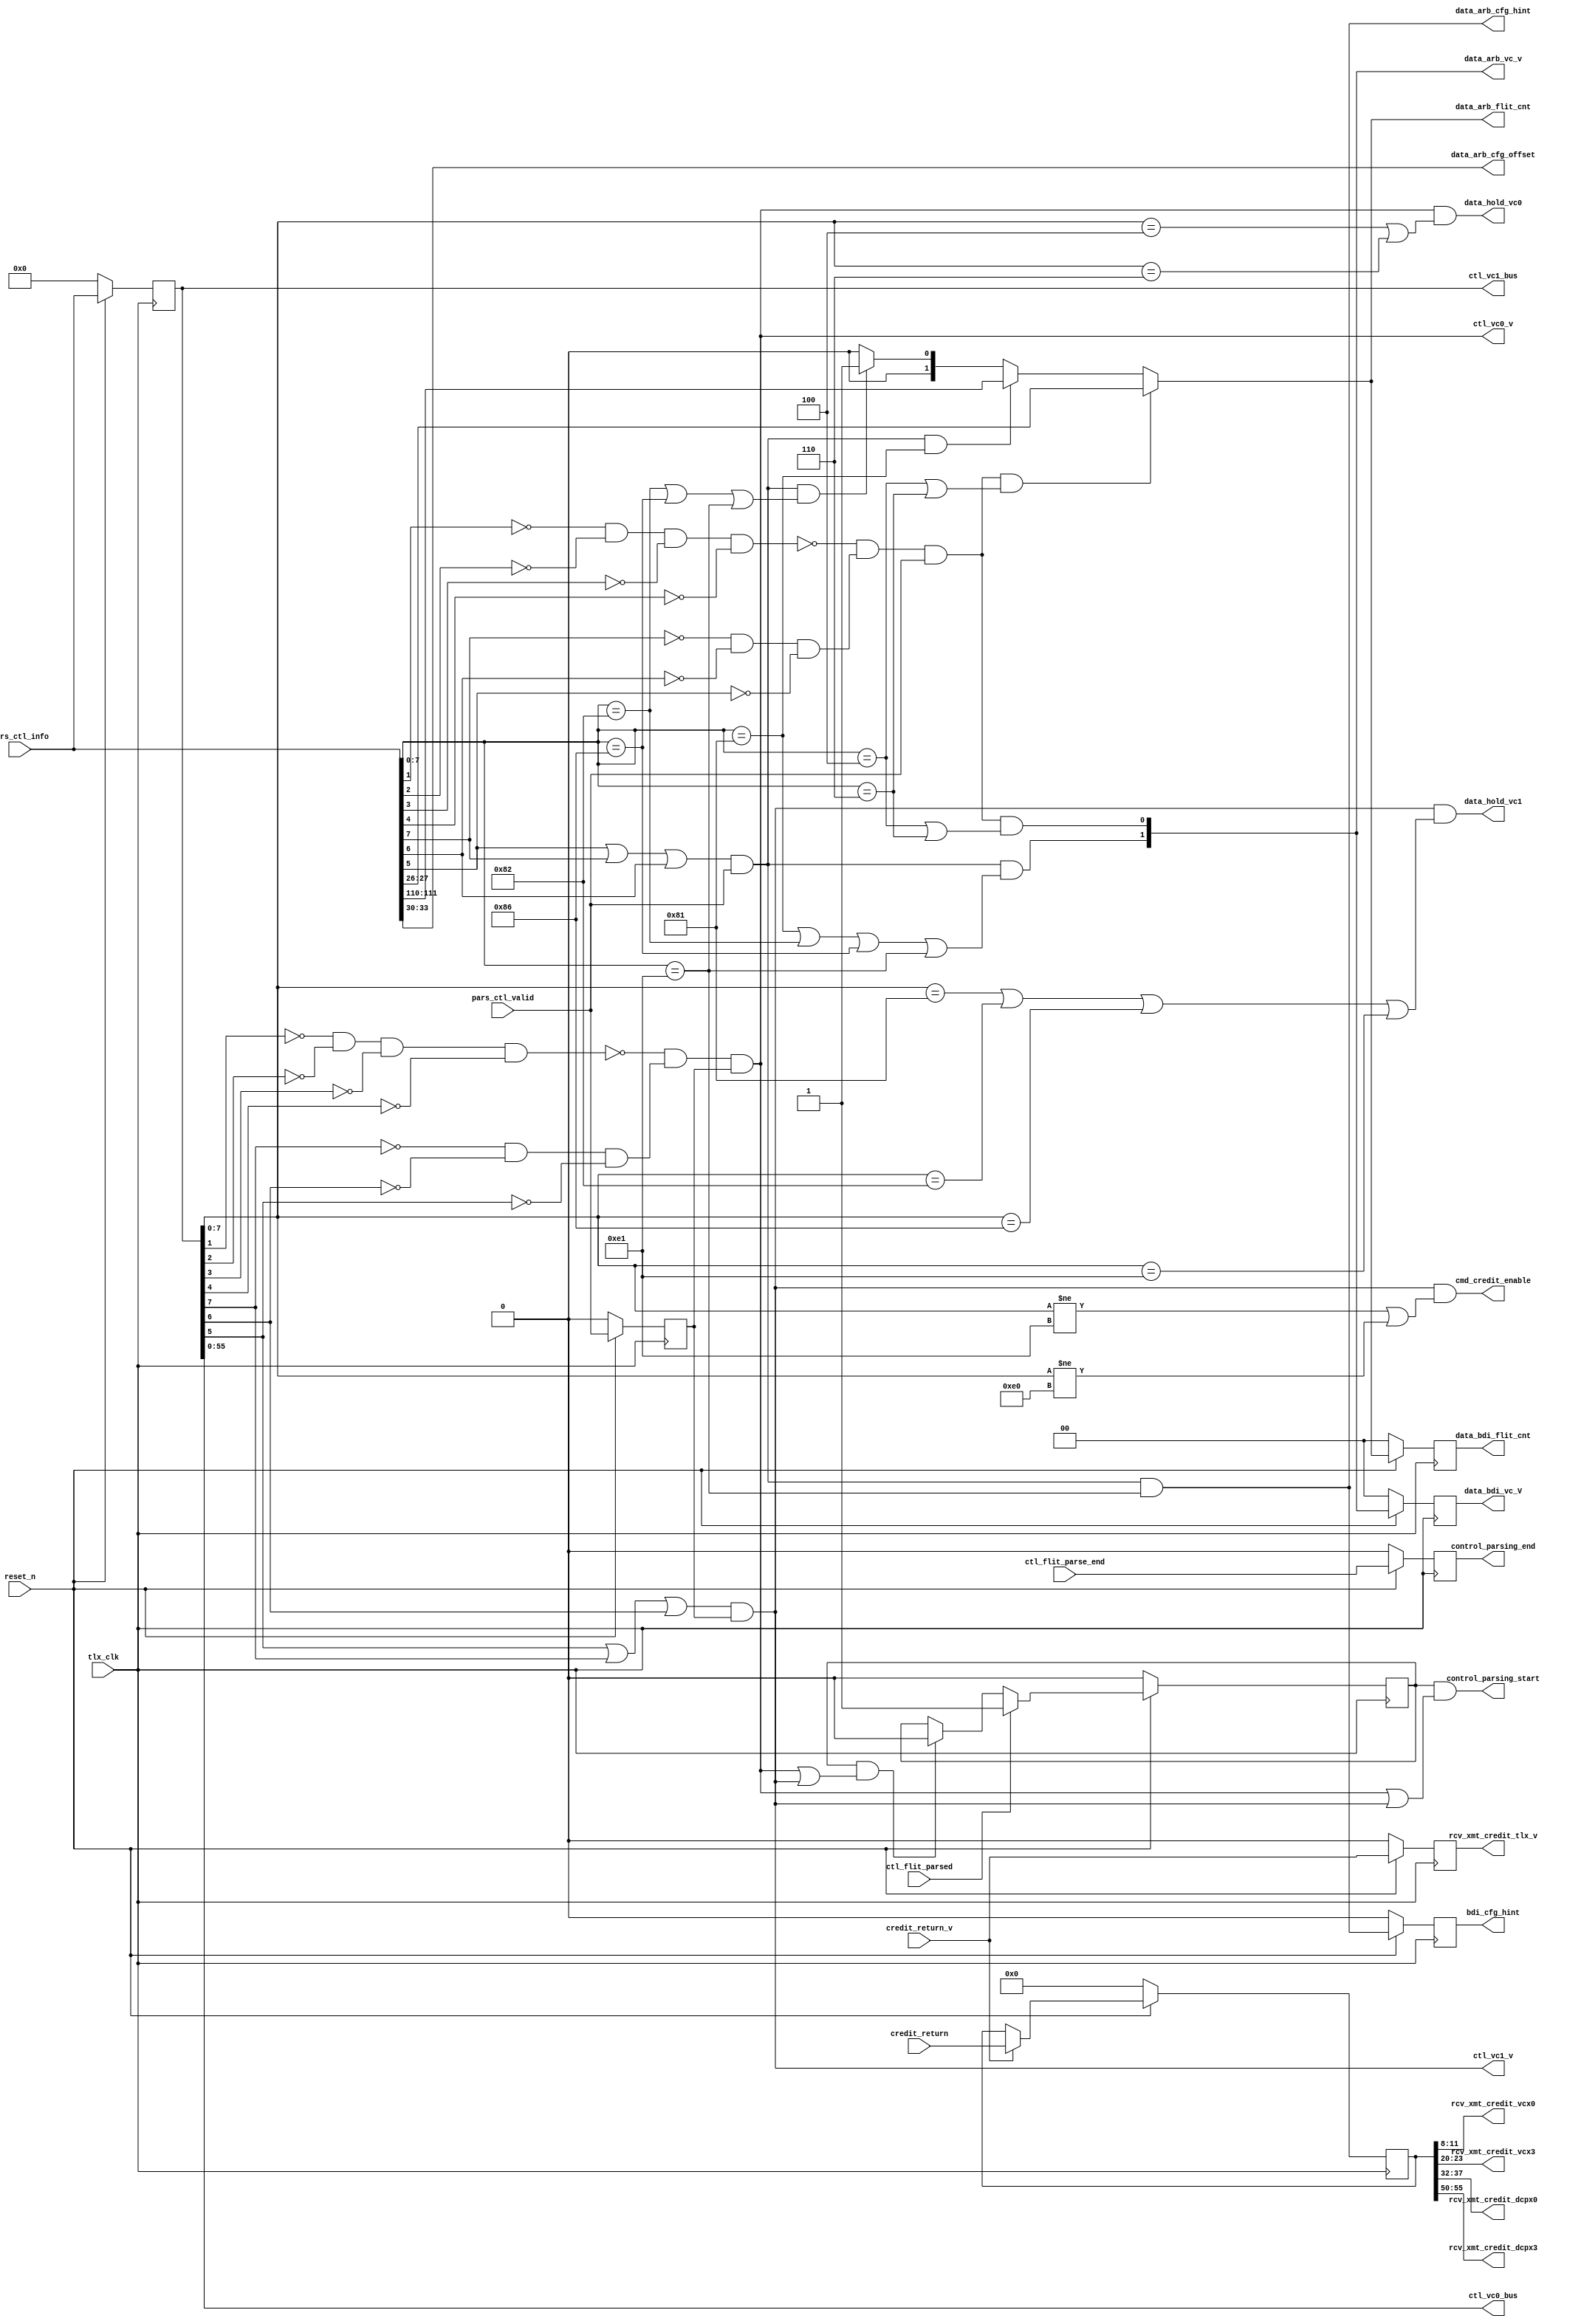
// This program was cloned from: https://github.com/OpenCAPI/ThymesisFlow
// License: Apache License 2.0

// *!***************************************************************************
// *! Copyright 2019 International Business Machines
// *!
// *! Licensed under the Apache License, Version 2.0 (the "License");
// *! you may not use this file except in compliance with the License.
// *! You may obtain a copy of the License at
// *! http://www.apache.org/licenses/LICENSE-2.0 
// *!
// *! The patent license granted to you in Section 3 of the License, as applied
// *! to the "Work," hereby includes implementations of the Work in physical form.  
// *!
// *! Unless required by applicable law or agreed to in writing, the reference design
// *! distributed under the License is distributed on an "AS IS" BASIS,
// *! WITHOUT WARRANTIES OR CONDITIONS OF ANY KIND, either express or implied.
// *! See the License for the specific language governing permissions and
// *! limitations under the License.
// *! 
// *! The background Specification upon which this is based is managed by and available from
// *! the OpenCAPI Consortium.  More information can be found at https://opencapi.org. 
// *!***************************************************************************
`timescale 1ns / 1ps

//////////////////////////////////////////////////////////////////////////////////
// Company: 
// Engineer: 
// 
// Design Name: 
// Module Name: tlx_ctl_fsm
// Project Name: 
// Target Devices: 
// Tool Versions: 
// Description: 
// 
// Dependencies: 
// 
// Revision:
// Revision 0.01 - File Created
// Additional Comments:
// Todo: 
//////////////////////////////////////////////////////////////////////////////////


module ocx_tlx_ctl_fsm(
    input tlx_clk,
    input reset_n,
    input [55:0] credit_return,
    input credit_return_v,
    input [167:0] pars_ctl_info,
    input pars_ctl_valid,
    input ctl_flit_parsed,
    input ctl_flit_parse_end,
    output [55:0] ctl_vc0_bus,
    output [167:0] ctl_vc1_bus,
    output ctl_vc0_v,
    output ctl_vc1_v,
    output [3:0] rcv_xmt_credit_vcx0,
    output [3:0] rcv_xmt_credit_vcx3,
    output [5:0] rcv_xmt_credit_dcpx0,
    output [5:0] rcv_xmt_credit_dcpx3,
    output rcv_xmt_credit_tlx_v,
    output data_arb_cfg_hint,
    output bdi_cfg_hint,
    output [3:0] data_arb_cfg_offset,
    output cmd_credit_enable,
    output [1:0] data_arb_vc_v,
    output [1:0] data_bdi_vc_V,
    output data_hold_vc0,
    output data_hold_vc1,
    output control_parsing_end,
    output control_parsing_start,
    output [1:0] data_bdi_flit_cnt,
    output [1:0] data_arb_flit_cnt
    );
//Signal Declarations
wire [55:0] credit_return_din;
reg  [55:0] credit_return_dout;
wire credit_return_v_din;
reg  credit_return_v_dout;
wire [167:0] pars_ctl_info_din;
reg  [167:0] pars_ctl_info_dout;
wire pars_ctl_valid_din;
reg  pars_ctl_valid_dout;
wire ctl_flit_parsed_din;
reg  ctl_flit_parsed_dout;
wire ctl_flit_parse_end_din;
reg  ctl_flit_parse_end_dout;
wire [1:0] data_arb_flit_cnt_din;
reg  [1:0] data_arb_flit_cnt_dout;
wire [1:0] data_arb_vc_v_din;
reg  [1:0] data_arb_vc_v_dout;
wire cfg_hint_din;
reg  cfg_hint_dout;
wire ctl_vc0_valid;
wire ctl_vc1_valid;
wire data_vc0_valid;
wire data_vc1_valid;
always @(posedge tlx_clk) 
    begin
        if(!reset_n)
        begin
        credit_return_dout <= 56'b0;
        credit_return_v_dout <= 1'b0;
        pars_ctl_valid_dout <= 1'b0;
        pars_ctl_info_dout <= 168'b0;
        ctl_flit_parsed_dout <= 1'b0;
        ctl_flit_parse_end_dout <= 1'b0;
        data_arb_vc_v_dout <= 2'b0;
        data_arb_flit_cnt_dout <= 2'b0;
        cfg_hint_dout <= 1'b0;
        end
        else
        begin
        credit_return_dout <= credit_return_din;
        credit_return_v_dout <= credit_return_v_din;
        pars_ctl_valid_dout <= pars_ctl_valid_din;
        pars_ctl_info_dout <= pars_ctl_info_din;
        ctl_flit_parsed_dout <= ctl_flit_parsed_din;
        ctl_flit_parse_end_dout <= ctl_flit_parse_end_din;
        data_arb_vc_v_dout <= data_arb_vc_v_din;
        data_arb_flit_cnt_dout <= data_arb_flit_cnt_din;
        cfg_hint_dout <= cfg_hint_din;
        end
    end   
    
//Credit Return
assign credit_return_din[55:0] = credit_return_v ? credit_return[55:0] : credit_return_dout;
assign credit_return_v_din = credit_return_v;

//Command FIFO Routing
assign pars_ctl_info_din[167:0] = pars_ctl_info[167:0];
assign pars_ctl_valid_din = pars_ctl_valid;
assign ctl_vc0_valid = ~(~pars_ctl_info_dout[1] & ~pars_ctl_info_dout[2] & ~pars_ctl_info_dout[3] & ~pars_ctl_info_dout[4]) //Not credit return opcode "01" or NOP "00"
                    & (~pars_ctl_info_dout[7] & ~pars_ctl_info_dout[6] & ~pars_ctl_info_dout[5]) & pars_ctl_valid_dout; //VC0 = decimal 2-31
assign ctl_vc0_v = ctl_vc0_valid;  
assign ctl_vc0_bus[55:0] = pars_ctl_info_dout[55:0];                  
                    
assign ctl_vc1_valid = (pars_ctl_info_dout[5] | pars_ctl_info_dout[7] | pars_ctl_info_dout[6]) & pars_ctl_valid_dout; //VC1 = decimal 32 - 255                   
assign ctl_vc1_v = ctl_vc1_valid;
assign ctl_vc1_bus[167:0] = pars_ctl_info_dout[167:0];
//Data Arbiter Outputs
assign data_vc0_valid = ~(~pars_ctl_info[1] & ~pars_ctl_info[2] & ~pars_ctl_info[3] & ~pars_ctl_info[4]) //Not credit return opcode "01" or NOP "00"
                       & (~pars_ctl_info[7] & ~pars_ctl_info[6] & ~pars_ctl_info[5]) & pars_ctl_valid; //VC0 = decimal 2-31
assign data_vc1_valid = (pars_ctl_info[5] | pars_ctl_info[7] | pars_ctl_info[6]) & pars_ctl_valid; //VC1 = decimal 32 - 255                    
assign data_arb_vc_v_din[0] = data_vc0_valid & ((pars_ctl_info[7:0] == 8'h04) | (pars_ctl_info[7:0] == 8'h06));
assign data_arb_vc_v_din[1] = data_vc1_valid & ((pars_ctl_info[7:0] == 8'h81) |
                                           (pars_ctl_info[7:0] == 8'h82) |
                                           (pars_ctl_info[7:0] == 8'h86) |
                                           (pars_ctl_info[7:0] == 8'hE1));
assign cfg_hint_din = data_vc1_valid & pars_ctl_info[7:0] == 8'hE1;                                           
assign data_arb_cfg_hint = cfg_hint_din;    
assign data_arb_cfg_offset[3:0] = pars_ctl_info[33:30];                                      
assign data_arb_vc_v[1:0] = data_arb_vc_v_din[1:0];  
assign data_bdi_vc_V[1:0] = data_arb_vc_v_dout[1:0]; 
assign bdi_cfg_hint = cfg_hint_dout;             
//hold commands with data until valid data is received  
assign cmd_credit_enable = ctl_vc1_valid & ((pars_ctl_info_dout[7:0] != 8'hE1) | (pars_ctl_info_dout[7:0] != 8'hE0));                                          
assign data_hold_vc0 = ctl_vc0_valid & ((pars_ctl_info_dout[7:0] == 8'h04) | (pars_ctl_info_dout[7:0] == 8'h06));                                           
assign data_hold_vc1 = ctl_vc1_valid & ((pars_ctl_info_dout[7:0] == 8'h81) |
                       (pars_ctl_info_dout[7:0] == 8'h82) |
                       (pars_ctl_info_dout[7:0] == 8'h86) |
                       (pars_ctl_info_dout[7:0] == 8'hE1));                                           
assign data_arb_flit_cnt_din[1:0] = (data_vc0_valid && (pars_ctl_info[7:0] == 8'h04 || pars_ctl_info[7:0] == 8'h06)) ? pars_ctl_info[27:26] : //vc0 commands with dLength
                                (data_vc1_valid && pars_ctl_info[7:0] == 8'h81) ? pars_ctl_info[111:110] : //vc1 commands with dLength
                                (data_vc1_valid && (pars_ctl_info[7:0] == 8'h82 || pars_ctl_info[7:0] == 8'h86 || pars_ctl_info[7:0] == 8'hE1)) ? 2'b01 : //vc1 commands with pLength or BE 64B
                                2'b00;
assign data_arb_flit_cnt = data_arb_flit_cnt_din;
assign data_bdi_flit_cnt = data_arb_flit_cnt_dout;                                
assign ctl_flit_parsed_din = ctl_flit_parsed ? 1'b1 :
                             ctl_flit_parsed_dout && (ctl_vc0_valid || ctl_vc1_valid) ? 1'b0 : ctl_flit_parsed_dout; 
assign ctl_flit_parse_end_din = ctl_flit_parse_end;                                               
assign control_parsing_start = ctl_flit_parsed_dout & (ctl_vc0_valid | ctl_vc1_valid); //first valid cmd or response has been parsed blocks null/credit flits
assign control_parsing_end = ctl_flit_parse_end_dout;
//Assign Outputs                                 
assign rcv_xmt_credit_vcx0 = credit_return_dout[11:8];    
assign rcv_xmt_credit_vcx3 = credit_return_dout[23:20]; 
assign rcv_xmt_credit_dcpx0 = credit_return_dout[37:32];   
assign rcv_xmt_credit_dcpx3 = credit_return_dout[55:50];   
assign rcv_xmt_credit_tlx_v = credit_return_v_dout;
endmodule